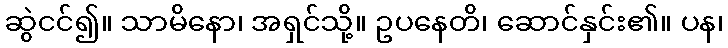
ဆွဲငင်၍။ သာမိနော၊ အရှင်သို့။ ဥပနေတိ၊ ဆောင်နှင်း၏။ ပန၊